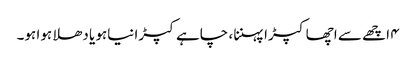
۴ اچھے سے اچھا کپڑا پہننا ، چاہے کپڑا نیاہو یا دھلا ہوا ہو۔